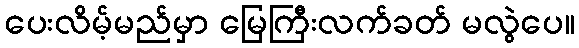
ပေးလိမ့်မည်မှာ မြေကြီးလက်ခတ် မလွဲပေ။